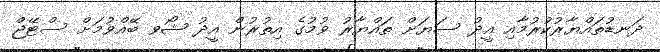
ދަނޑުތައްޔާރުކުރުމާއި އީދު ސަޔަށް ތައްޔާރު ވުމުގެ އިތުރުން އީދު ޝޯވ ބޭއްވުމަށް ސްޓޭޖް